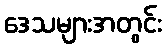
ဒေသများအတွင်း